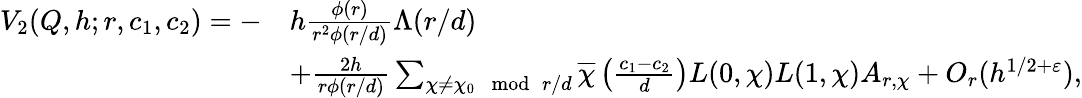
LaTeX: \begin{array}{rl}{V_{2}(Q,h;r,c_{1},c_{2})=-}&{h\frac{\phi(r)}{r^{2}\phi(r/d)}\Lambda(r/d)}\\ &{+\frac{2h}{r\phi(r/d)}\sum_{\chi\ne\chi_{0}\mod{r/d}}\overline{{\chi}}\left(\frac{c_{1}-c_{2}}{d}\right)L(0,\chi)L(1,\chi)A_{r,\chi}+O_{r}(h^{1/2+\varepsilon}),}\end{array}